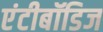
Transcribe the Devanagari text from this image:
एंटीबॉडिज